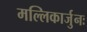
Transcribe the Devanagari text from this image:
मल्लिकार्जुनः